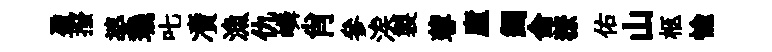
盈撥婆璣叱凟漁仇嶙肖參涘製蓉廬蠲侖獠佑山柩愉